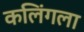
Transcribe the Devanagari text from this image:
कलिंगला